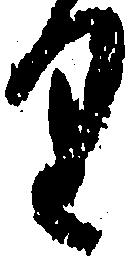
り